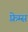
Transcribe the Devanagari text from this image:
फ़्रेम्स